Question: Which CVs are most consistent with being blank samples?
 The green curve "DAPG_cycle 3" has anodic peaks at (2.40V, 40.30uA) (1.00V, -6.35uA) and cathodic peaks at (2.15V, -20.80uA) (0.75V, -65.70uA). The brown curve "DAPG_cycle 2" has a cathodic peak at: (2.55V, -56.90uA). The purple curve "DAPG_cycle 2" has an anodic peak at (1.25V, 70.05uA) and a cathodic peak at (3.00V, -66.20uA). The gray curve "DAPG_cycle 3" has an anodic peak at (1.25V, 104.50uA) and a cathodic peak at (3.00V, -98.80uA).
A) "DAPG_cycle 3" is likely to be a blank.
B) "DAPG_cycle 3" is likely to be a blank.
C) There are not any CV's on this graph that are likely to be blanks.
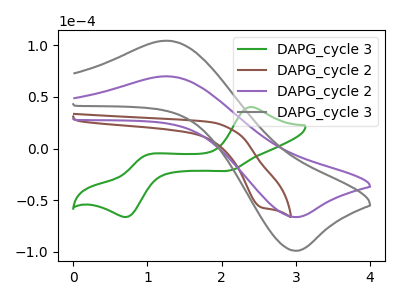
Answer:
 <answer>C) There are not any CV's on this graph that are likely to be blanks.</answer>
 <eval>C</eval>